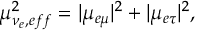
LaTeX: \mu _ { \nu _ { e } , e f f } ^ { 2 } = | { \mu } _ { e \mu } | ^ { 2 } + | { \mu } _ { e \tau } | ^ { 2 } ,